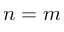
n = m